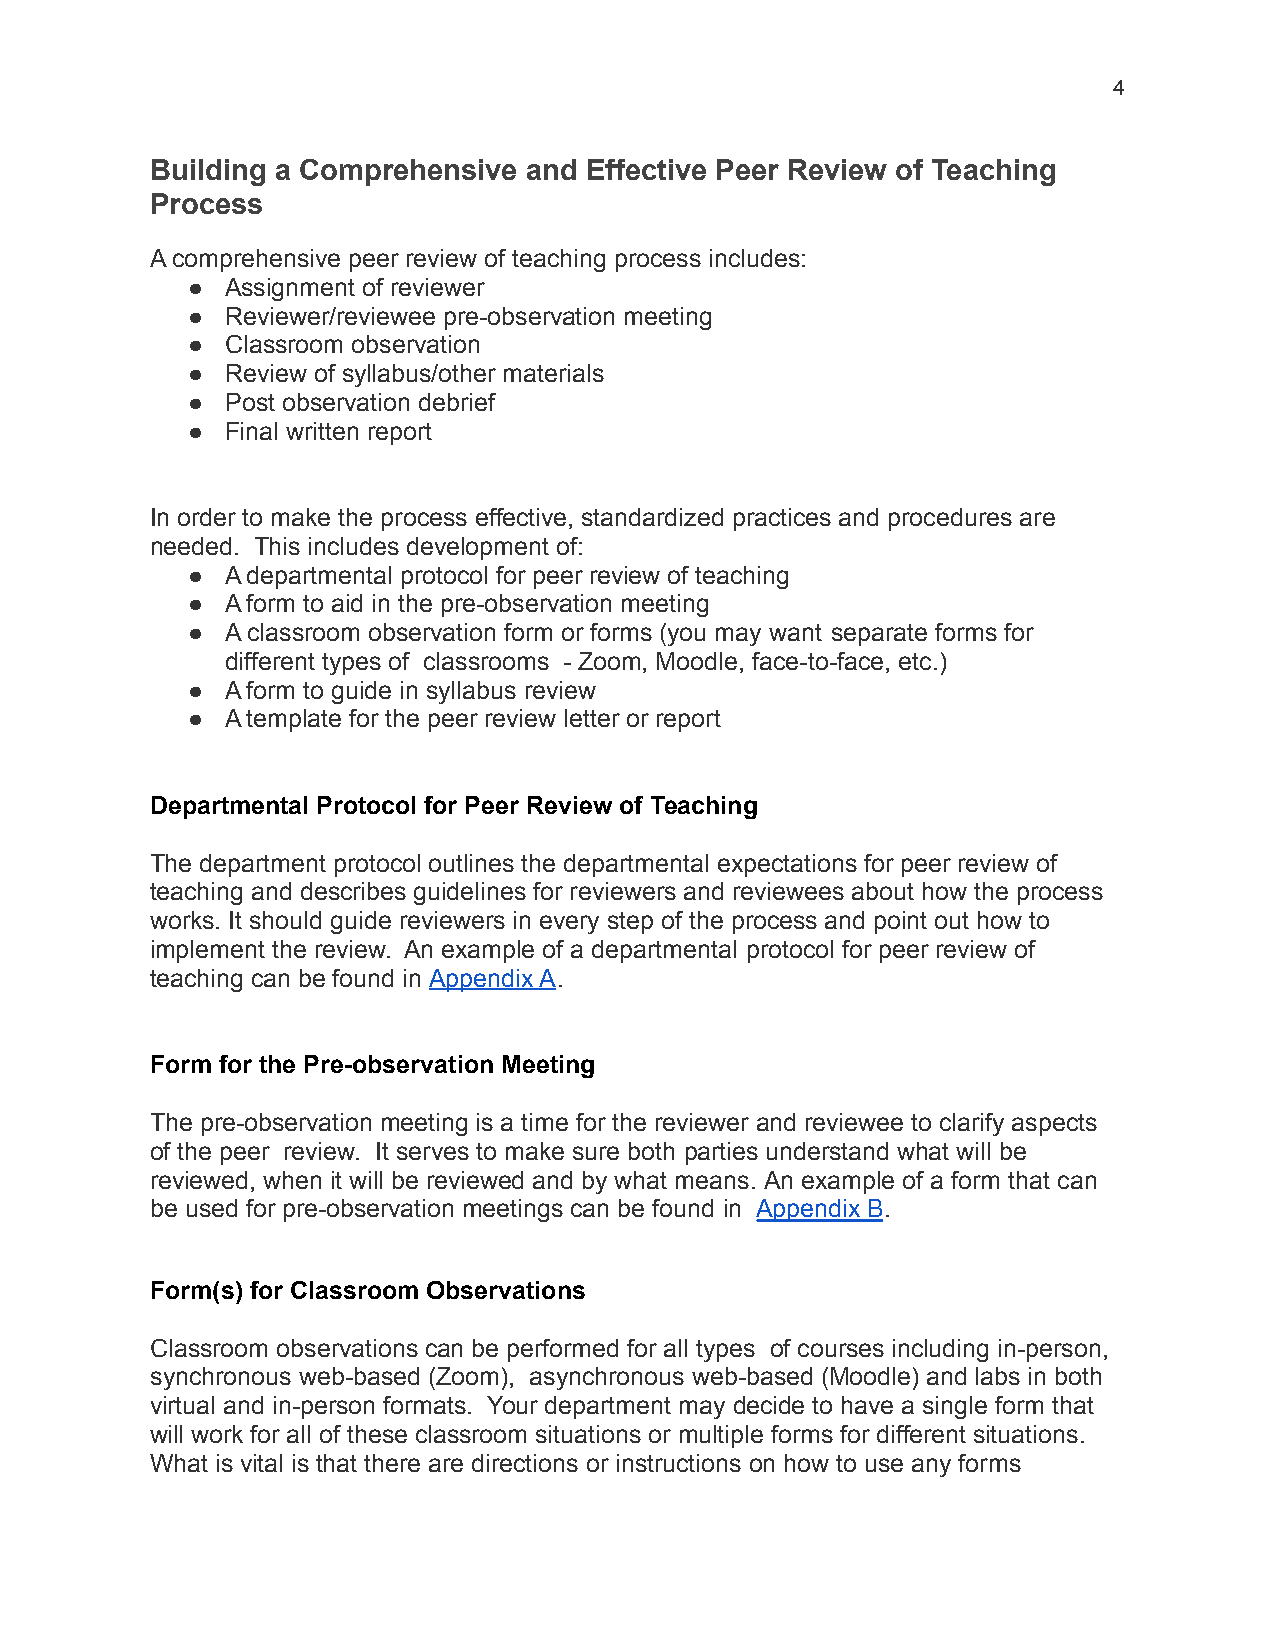
4
 Building a Comprehensive and Effective Peer Review of Teaching
 Process
 A comprehensive peer review of teaching process includes:
 ●  Assignment of reviewer
 ●  Reviewer/reviewee pre-observation meeting
 ●  Classroom observation
 ●  Review of syllabus/other materials
 ●  Post observation debrief
 ●  Final written report
 In order to make the process effective, standardized practices and procedures are
 needed. This includes development of:
 ●  A departmental protocol for peer review of teaching
 ●  A form to aid in the pre-observation meeting
 ●  A classroom observation form or forms (you may want separate forms for
 different types of classrooms - Zoom, Moodle, face-to-face, etc.)
 ●  A form to guide in syllabus review
 ●  A template for the peer review letter or report
 Departmental Protocol for Peer Review of Teaching
 The department protocol outlines the departmental expectations for peer review of
 teaching and describes guidelines for reviewers and reviewees about how the process
 works. It should guide reviewers in every step of the process and point out how to
 implement the review. An example of a departmental protocol for peer review of
 teaching can be found in Appendix A.
 Form for the Pre-observation Meeting
 The pre-observation meeting is a time for the reviewer and reviewee to clarify aspects
 of the peer review. It serves to make sure both parties understand what will be
 reviewed, when it will be reviewed and by what means. An example of a form that can
 be used for pre-observation meetings can be found in Appendix B.
 Form(s) for Classroom Observations
 Classroom observations can be performed for all types of courses including in-person,
 synchronous web-based (Zoom), asynchronous web-based (Moodle) and labs in both
 virtual and in-person formats. Your department may decide to have a single form that
 will work for all of these classroom situations or multiple forms for different situations.
 What is vital is that there are directions or instructions on how to use any forms